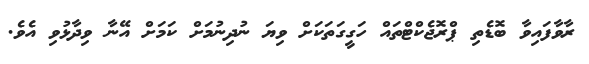
ރާވާފައިވާ ބޮޑެތި ޕްރޮޖެކްޓްތައް ހަގީގަތަކަށް ވިޔަ ނުދިނުމަށް ކަމަށް އޭނާ ވިދާޅުވި އެވެ.